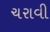
ચરાવી